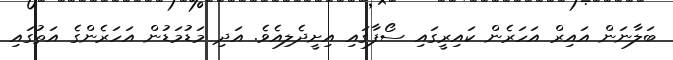
ބަލާނަން އައިރް އަހަރެން ކައިރީގައި ސޯފާގައި އިށީދެލިއެވެ. އަދި މަޑުމަޑުން އަހަރެންގެ އަތުގައި